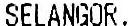
SELANGOR.